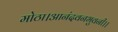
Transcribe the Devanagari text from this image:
मोठा।आनंदवनभुवनी।।